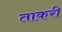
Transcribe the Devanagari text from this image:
ताकरी